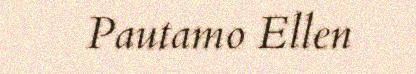
Pautamo Ellen